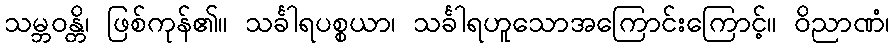
သမ္ဘဝန္တိ၊ ဖြစ်ကုန်၏။ သင်္ခါရပစ္စယာ၊ သင်္ခါရဟူသောအကြောင်းကြောင့်။ ဝိညာဏံ၊